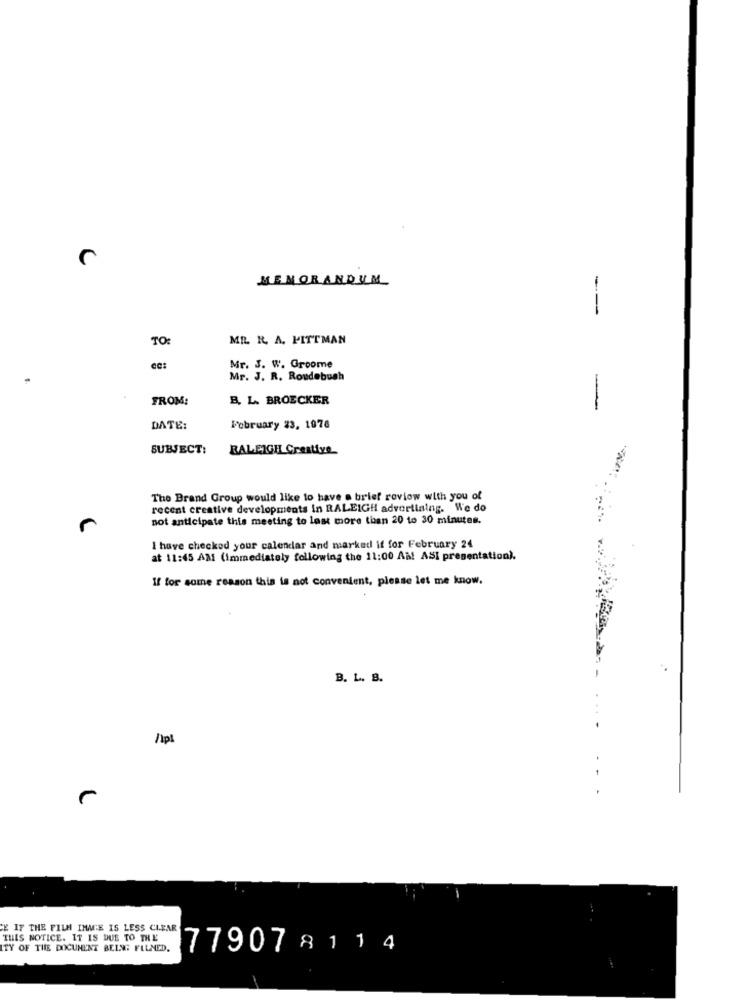
MEMORANDUM
---
TO
MR. R. A. PITTMAN
Mr. J. W. Groome
Mr. J. R. Roudebush
FROM:
B. L. BROECKER
-
DATE:
February 23, 1076
SUBJECT:
RALEIGH Creative
The Brand Group would like to have a brief review with you of
recent creative developments in RALEIGH advertising. We do
not anticipate this meeting to lost more than 20 to 30 minutes.
I have checked your calendar and marked if for February 24
at 11:45 AM (Immediately following the 11:00 AM! ASI presentation).
If for some reason this is not convenient, please let me know.
B. L. B.
.. .
'E IF THE FILM IMWAGE IS LESS CLEAR
THIS NOTICE. IT IS DUE TO THE
ITY OF THE DOCUMENT BEING FLLMED.
779078114